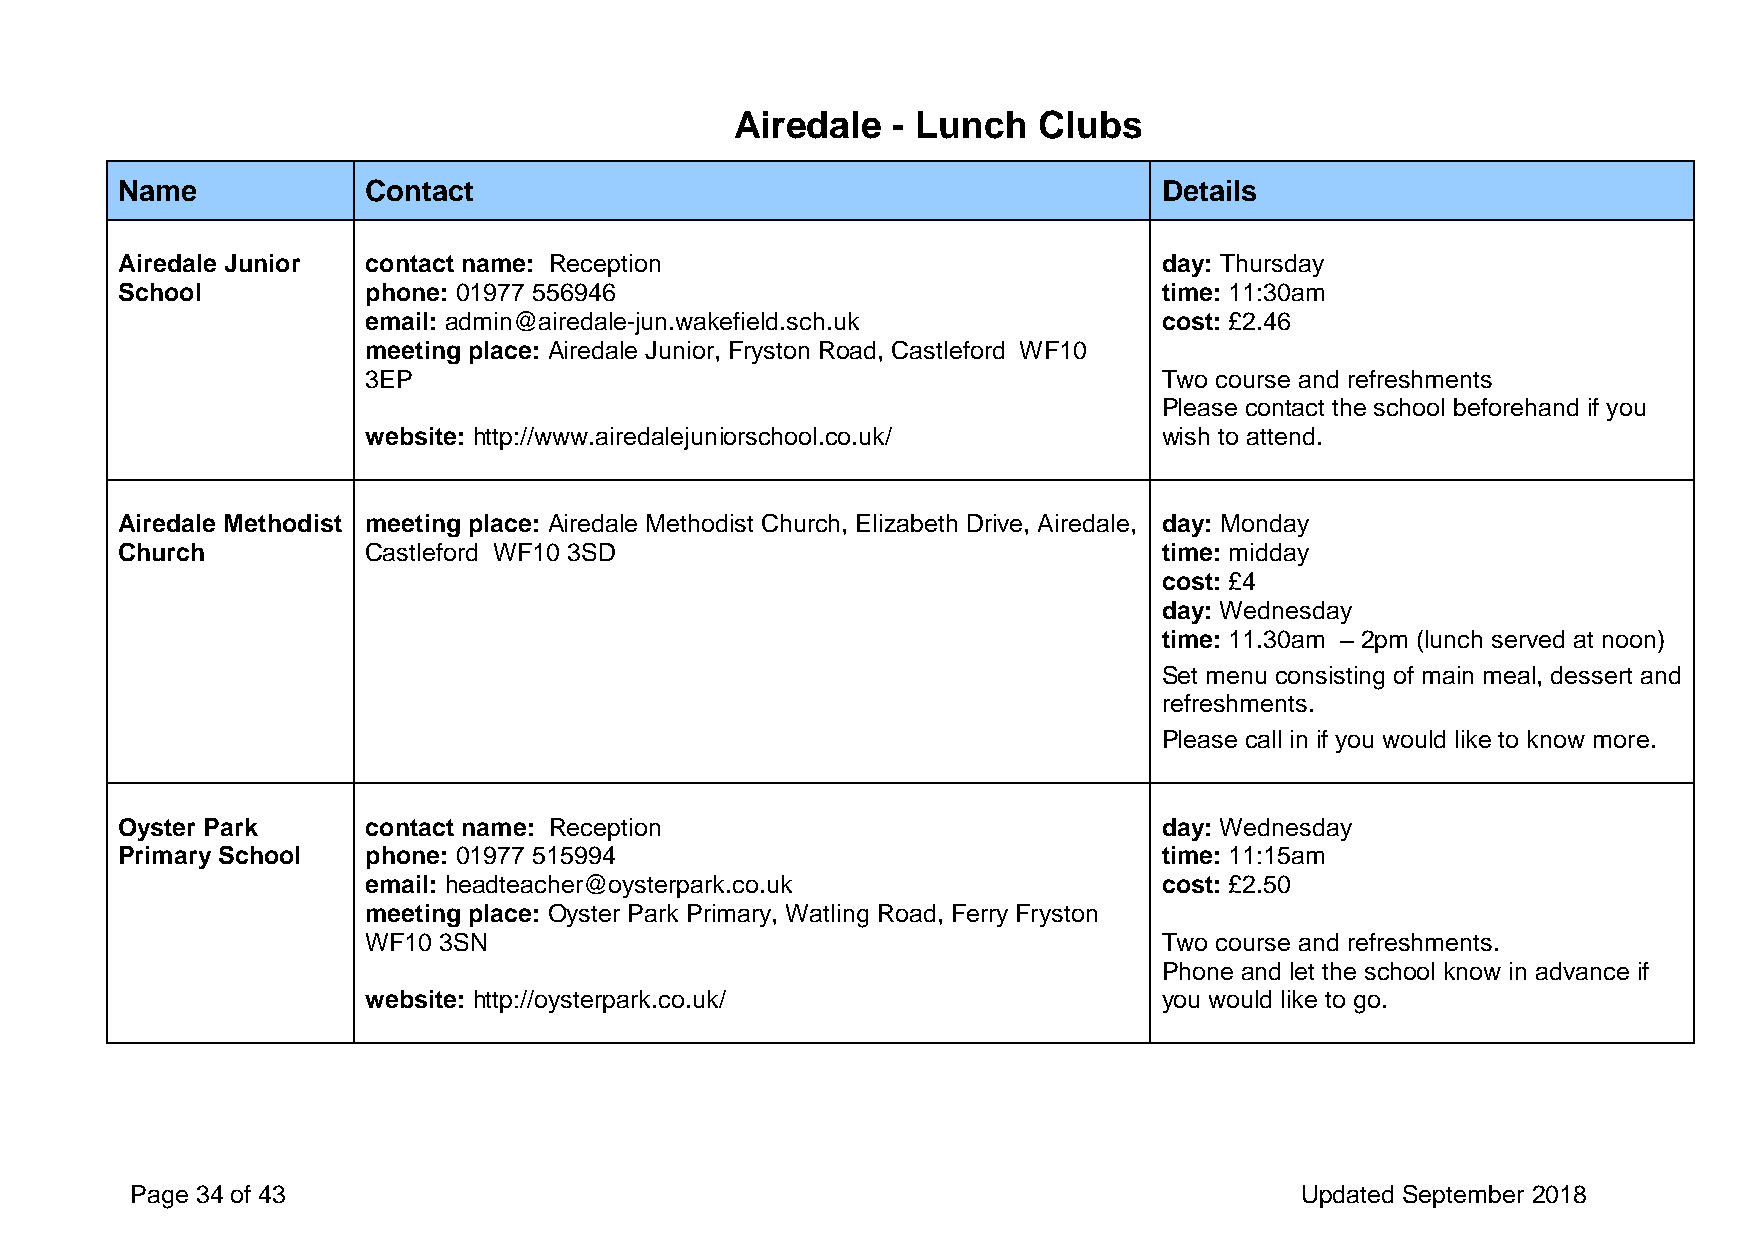
Airedale  - Lunch   Clubs
 Name            Contact                                              Details
 Airedale Junior contact name: Reception                              day: Thursday
 School          phone: 01977 556946                                  time: 11:30am
 email: admin@airedale-jun.wakefield.sch.uk           cost: £2.46
 meeting place: Airedale Junior, Fryston Road, Castleford WF10
 3EP                                                  Two course and refreshments
 Please contact the school beforehand if you
 website: http://www.airedalejuniorschool.co.uk/      wish to attend.
 Airedale Methodist meeting place: Airedale Methodist Church, Elizabeth Drive, Airedale, day: Monday
 Church          Castleford WF10 3SD                                  time: midday
 cost: £4
 day: Wednesday
 time: 11.30am – 2pm (lunch served at noon)
 Set menu consisting of main meal, dessert and
 refreshments.
 Please call in if you would like to know more.
 Oyster Park     contact name: Reception                              day: Wednesday
 Primary School  phone: 01977 515994                                  time: 11:15am
 email: headteacher@oysterpark.co.uk                  cost: £2.50
 meeting place: Oyster Park Primary, Watling Road, Ferry Fryston
 WF10 3SN                                             Two course and refreshments.
 Phone and let the school know in advance if
 website: http://oysterpark.co.uk/                    you would like to go.
 Page 34 of 43                                                                Updated September 2018